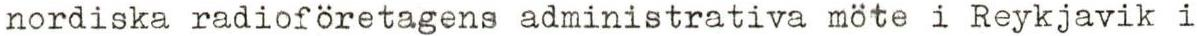
nordiska radioföretagens administrativa möte i Reykjavik i